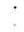
: